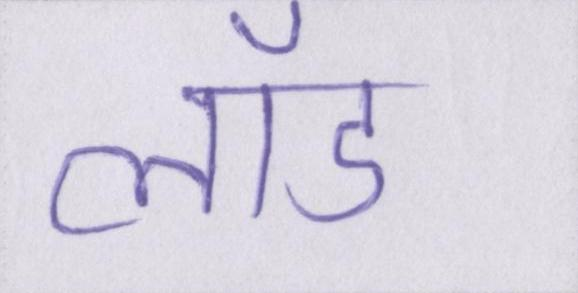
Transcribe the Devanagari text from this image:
लॉड